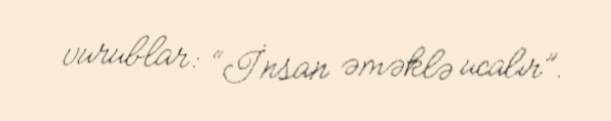
vurublar: “İnsan əməklə ucalır”.